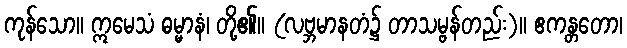
ကုန်သော။ ဣမေသံ ဓမ္မာနံ၊ တို့၏။ (လဗ္ဘမာနတံ၌ တာသမ္ဗန်တည်း)။ ဧကန္တတော၊